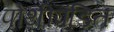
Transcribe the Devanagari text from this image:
पोथीपंडित